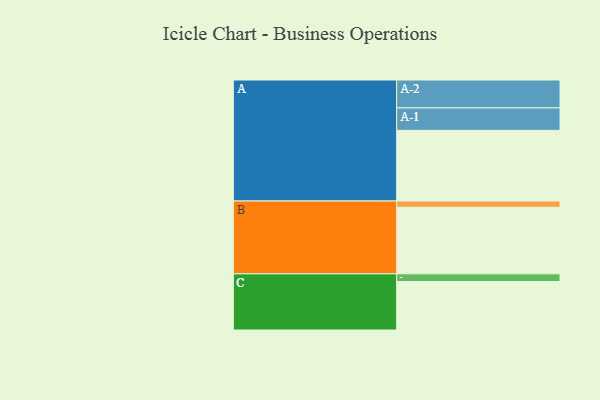
{"axis": {"x": "Segment", "y": "Value"}, "legend": ["", "A", "B", "C"], "data": [{"x": "A", "y": 595, "type": ""}, {"x": "B", "y": 560, "type": ""}, {"x": "C", "y": 408, "type": ""}, {"x": "A-1", "y": 189, "type": "A"}, {"x": "A-2", "y": 235, "type": "A"}, {"x": "B-1", "y": 53, "type": "B"}, {"x": "C-1", "y": 65, "type": "C"}]}